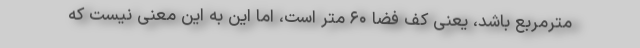
مترمربع باشد، یعنی کف فضا ۶۰ متر است، اما این به این معنی نیست که